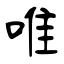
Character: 唯